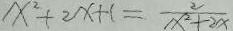
x ^ { 2 } + 2 x + 1 = \frac { 2 } { x ^ { 2 } + 2 x }